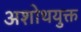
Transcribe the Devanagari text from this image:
अशोथयुक्त